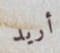
أريد